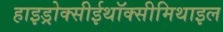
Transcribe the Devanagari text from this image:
हाइड्रोक्सीईथॉक्सीमिथाइल